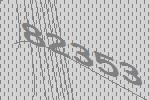
82353